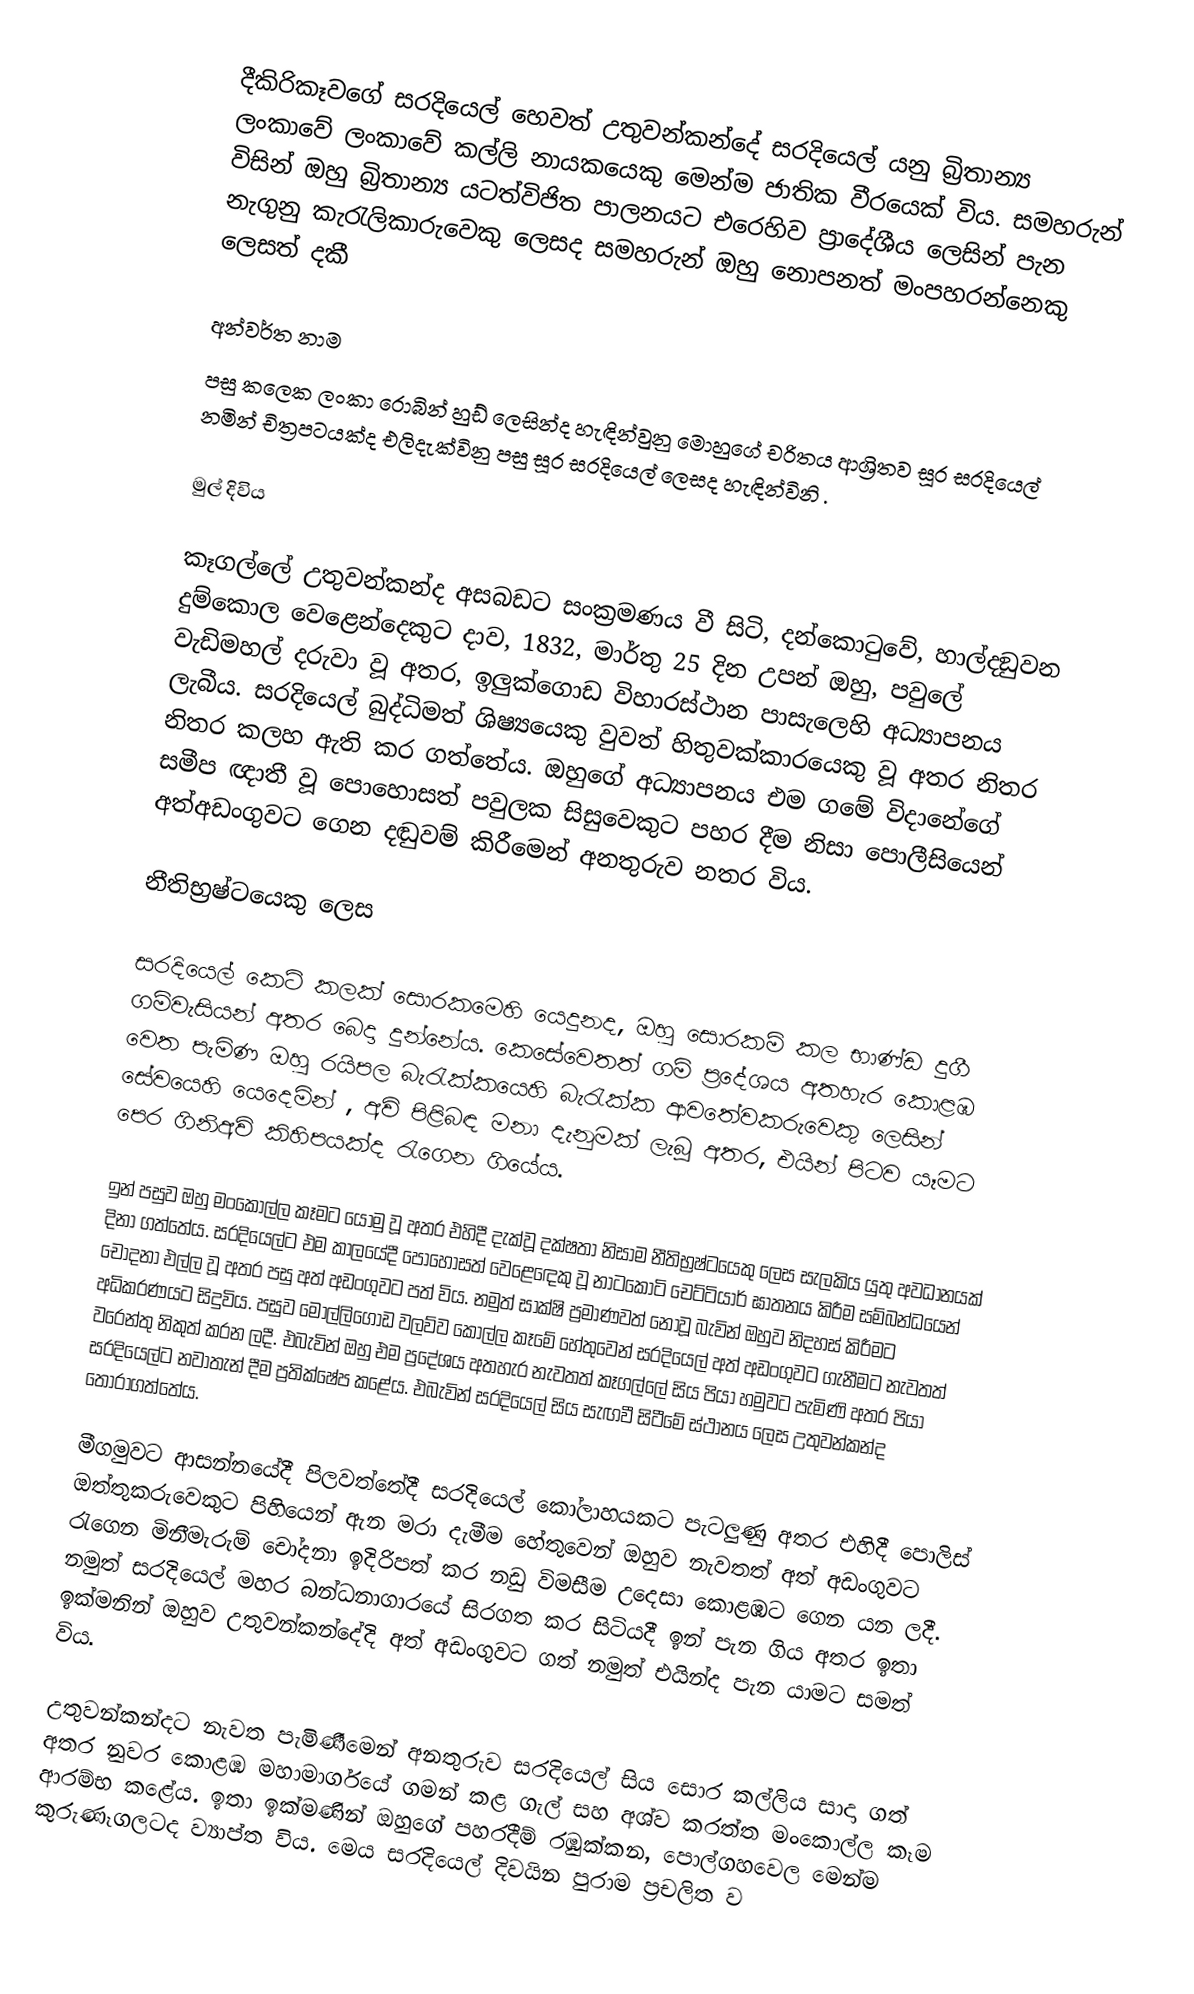
දීකිරිකෑවගේ සරදියෙල් හෙවත් උතුවන්කන්දේ සරදියෙල් යනු බ්‍රිතාන්‍ය ලංකාවේ ලංකාවේ කල්ලි නායකයෙකු මෙන්ම ජාතික වීරයෙක් විය.  සමහරුන් විසින් ඔහු බ්‍රිතාන්‍ය යටත්විජිත පාලනයට එරෙහිව ප්‍රාදේශීය ලෙසින් පැන නැගුනු කැරැලිකාරුවෙකු ලෙසද සමහරුන් ඔහු නොපනත් මංපහරන්නෙකු ලෙසත් දකී

අන්වර්ත නාම
පසු කලෙක ලංකා රොබින් හුඩ් ලෙසින්ද හැඳින්වුනු මොහුගේ චරිතය ආශ්‍රිතව සූර සරදියෙල් නමින් චිත්‍රපටයක්ද එලිදැක්විනු පසු සූර සරදියෙල් ලෙසද හැඳින්විනි .

මුල් දිවිය

කෑගල්ලේ උතුවන්කන්ද අසබඩට සංක්‍රමණය වී සිටි, දන්කොටුවේ, හාල්දඞුවන දුම්කොල වෙළෙන්දෙකුට දාව,  1832, මාර්තු 25 දින උපන්  ඔහු, පවුලේ වැඩිමහල් දරුවා වූ අතර, ඉලුක්ගොඩ විහාරස්ථාන පාසැලෙහි අධ්‍යාපනය ලැබීය. සරදියෙල් බුද්ධිමත් ශිෂ්‍යයෙකු වුවත් හිතුවක්කාරයෙකු වූ අතර නිතර නිතර කලහ ඇති කර ගත්තේය. ඔහුගේ අධ්‍යාපනය එම ගමේ විදානේගේ සමීප ඥාතී වූ පොහොසත් පවුලක සිසුවෙකුට පහර දීම නිසා පොලීසියෙන් අත්අඩංගුවට ගෙන දඬුවම් කිරීමෙන් අනතුරුව නතර විය.

නීතිභ්‍රෂ්ටයෙකු ලෙස

සරදියෙල් කෙටි කලක් සොරකමෙහි යෙදුනද, ඔහු සොරකම් කල භාණ්ඩ දුගී ගම්වැසියන් අතර බෙදා දුන්නේය.  කෙසේවෙතත් ගම් ප්‍රදේශය අතහැර  කොළඹ වෙත පැමිණ ඔහු රයිපල බැරැක්කයෙහි බැරැක්ක ආවතේවකරුවෙකු ලෙසින් සේවයෙහි යෙදෙමින් , අවි පිළිබඳ මනා දැනුමක් ලැබූ අතර, එයින් පිටව යෑමට පෙර ගිනිඅවි කිහිපයක්ද රැගෙන ගියේය.

ඉන් පසුව ඔහු මංකොල්ල කෑමට යොමු වූ අතර එහිදී දැක්වූ දක්ෂතා නිසාම නීතිභ්‍රෂ්ටයෙකු ලෙස සැලකිය යුතු අවධානයක් දිනා ගත්තේය. සරදියෙල්ට එම කාලයේදී පොහොසත් වෙළෙ‍ඳෙකු වූ නාටකෝටි චෙට්ටියාර් ඝාතනය කිරීම සම්බන්ධයෙන් චෝදනා එල්ල  වූ අතර පසු අත් අඩංගුවට පත් විය. නමුත් සාක්ෂි ප්‍රමාණවත් නොවූ බැවින් ඔහුව නිදහස් කිරීමට අධිකරණයට සිදුවිය. පසුව මොල්ලිගොඩ වලව්ව කොල්ල කෑමේ හේතුවෙන් සරදියෙල් අත් අඩංගුවට ගැනීමට නැවතත් වරෙන්තු නිකුත් කරන ලදී. එබැවින් ඔහු එම ප්‍රදේශය අතහැර නැවතත් කෑගල්ලේ සිය පියා හමුවට පැමිණි අතර පියා සරදියෙල්ට නවාතැන් දීම ප්‍රතික්ෂේප කළේය. එබැවින් සරදියෙල් සිය සැඟවී සිටීමේ ස්ථානය ලෙස උතුවන්කන්ද ‍තෝරාගත්තේය.

මීගමුවට ආසන්නයේදී පිලවත්තේදී සරදියෙල් කෝලාහයකට පැටලුණු අතර එහිදී පොලිස් ඔත්තුකරුවෙකුට පිහියෙන් ඇන මරා දැමීම හේතුවෙන් ඔහුව නැවතත් අත් අඩංගුවට ‍රැගෙන මිනීමැරුම් චෝදනා ඉදිරිපත් කර නඩු විමසීම උදෙසා කොළඹට ගෙන යන ලදී. නමුත් සරදියෙල් මහර බන්ධනාගාරයේ  සිරගත කර සිටියදී ඉන් පැන ගිය අතර ඉතා ඉක්මනින් ඔහුව උතුවන්කන්දේදි අත් අඩංගුවට ගත් නමුත් එයින්ද පැන යාමට සමත් විය.

උතුවන්කන්දට නැවත පැමිණීමෙන් අනතුරුව සරදියෙල් සිය සොර කල්ලිය සාදා ගත් අතර නුවර කොළඹ මහාමාර්ගයේ ගමන් කළ ගැල් සහ අශ්ව කරත්ත මංකොල්ල කෑම ආරම්භ කළේය. ඉතා ඉක්මණින් ඔහුගේ පහරදීම් රඹුක්කන, පොල්ගහවෙල මෙන්ම කුරුණෑගලටද ව්‍යාප්ත විය. මෙය සරදියෙල් දිවයින පුරාම ප්‍රචලිත ව